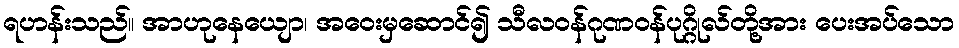
ရဟန်းသည်။ အာဟုနေယျော၊ အဝေးမှဆောင်၍ သီလဝန်ဂုဏဝန်ပုဂ္ဂိုလ်တို့အား ပေးအပ်သော